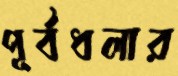
পূর্বধলার